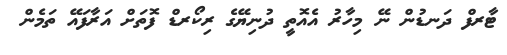
ޓާރފް ދަނޑުން ނޭ މިހާރު އެއޮތީ ދުނިޔޭގެ ރިކޯރޑް ފޮތަށް އަރާފައޭ ތަމެން